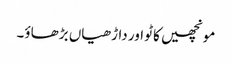
مونچھیں کاٹو اور داڑھیاں بڑھاؤ۔